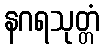
နဂရသုတ္တံ